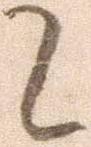
て